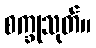
စက္ခုသုတ်။